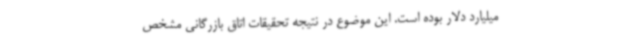
میلیارد دلار بوده است. این موضوع در نتیجه تحقیقات اتاق بازرگانی مشخص